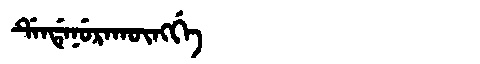
Manchu: ᡩᡝᠨᡩᡝᠨᡠᡵᠠᡴᡡᠩᡤᡝ
Romanization: DENDENURAKŪNGGE